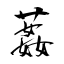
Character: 葌